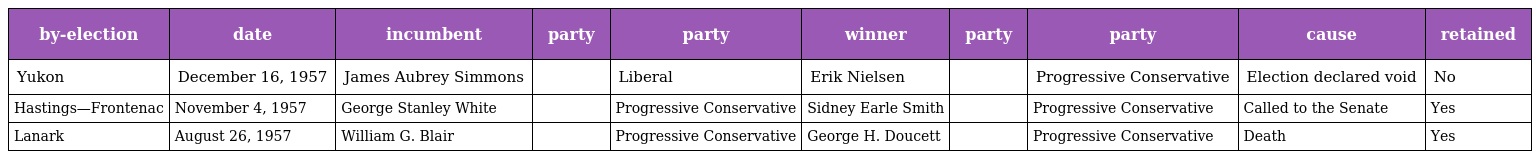
| by-election | date | incumbent | party | party | winner | party | party | cause | retained |
 | --- | --- | --- | --- | --- | --- | --- | --- | --- | --- |
 | Yukon | December 16, 1957 | James Aubrey Simmons |  | Liberal | Erik Nielsen |  | Progressive Conservative | Election declared void | No |
 | Hastings—Frontenac | November 4, 1957 | George Stanley White |  | Progressive Conservative | Sidney Earle Smith |  | Progressive Conservative | Called to the Senate | Yes |
 | Lanark | August 26, 1957 | William G. Blair |  | Progressive Conservative | George H. Doucett |  | Progressive Conservative | Death | Yes |